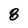
Character: 8